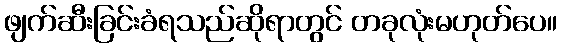
ဖျက်ဆီးခြင်းခံရသည်ဆိုရာတွင် တခုလုံးမဟုတ်ပေ။